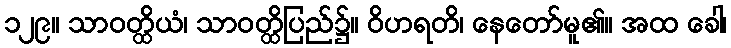
၁၂၉။ သာဝတ္ထိယံ၊ သာဝတ္ထိပြည်၌။ ဝိဟရတိ၊ နေတော်မူ၏။ အထ ခေါ၊